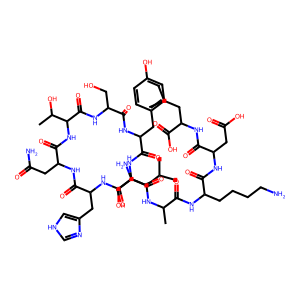
SMILES: CC(C)CC(N)C(=O)NC(Cc1c[nH]cn1)C(=O)NC(CC(N)=O)C(=O)NC(C(=O)NC(CO)C(=O)NC(Cc1ccc(O)cc1)C(=O)NC(CO)C(=O)NC(C)C(=O)NC(CCCCN)C(=O)NC(CC(=O)O)C(=O)NC(CC(C)C)C(=O)O)C(C)O
Inhibits HIV replication: No